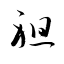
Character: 祖